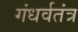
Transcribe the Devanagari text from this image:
गंधर्वतंत्र